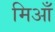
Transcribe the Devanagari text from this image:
मिआँ